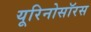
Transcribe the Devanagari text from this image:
यूरिनोसॉरस